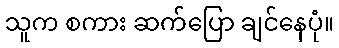
သူက စကား ဆက်ပြော ချင်နေပုံ။